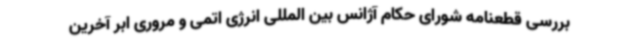
بررسی قطعنامه شورای حکام آژانس بین المللی انرژی اتمی و مروری ابر آخرین